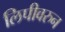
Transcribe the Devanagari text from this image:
लिपीवरुन